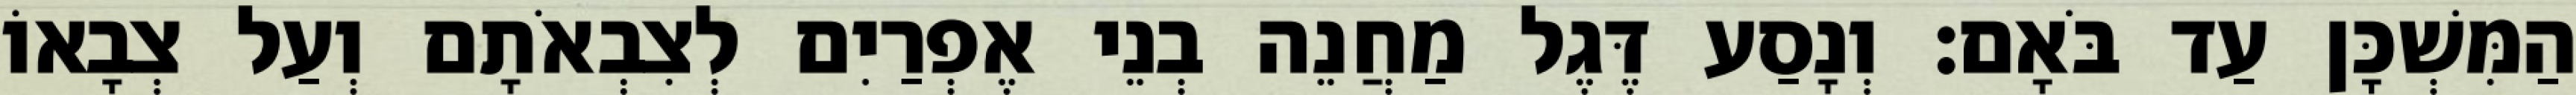
הַמִּשְׁכָּן עַד בֹּאָם׃ וְנָסַע דֶּגֶל מַחֲנֵה בְנֵי אֶפְרַיִם לְצִבְאֹתָם וְעַל צְבָאוֹ